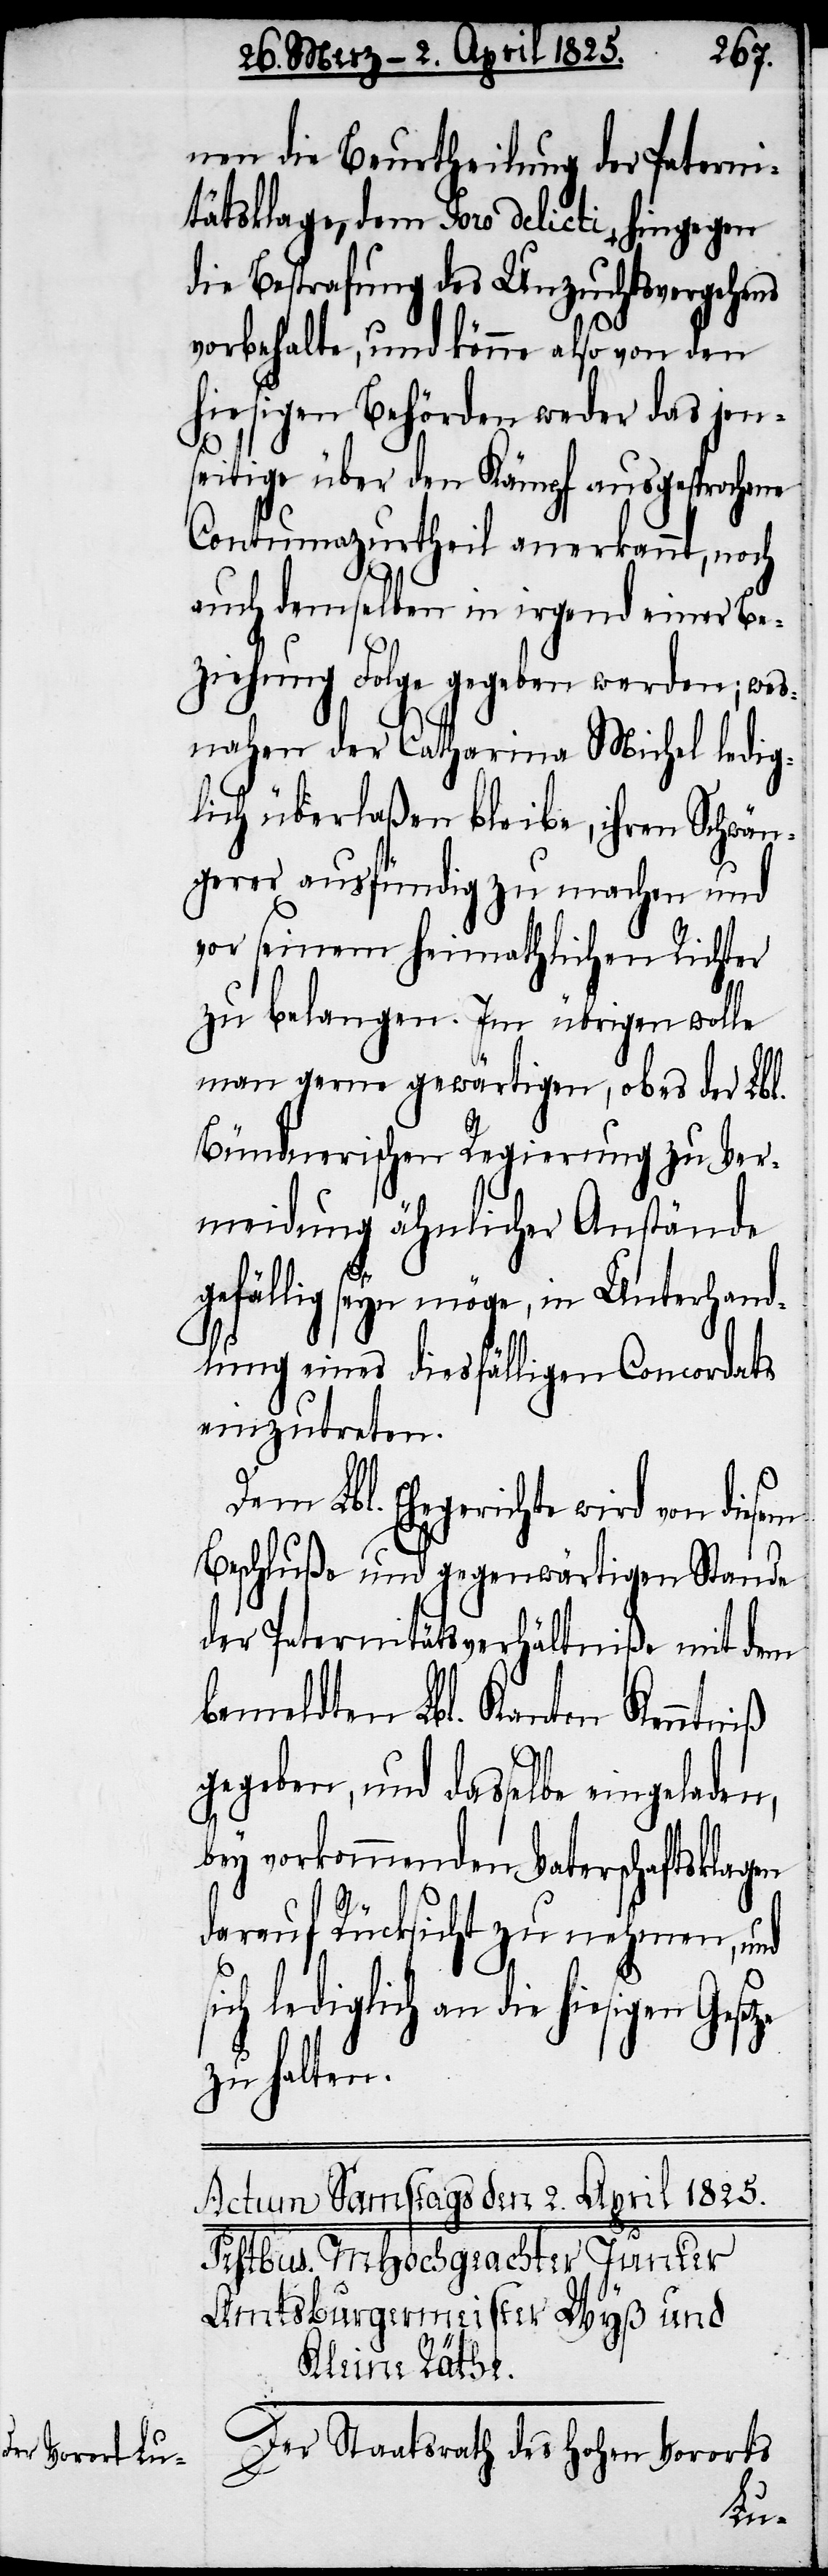
nen die Beurtheilung der Paterni¬
tätsklage, dem Foro delicti, hingegen
die Bestrafung des Unzuchtsvergehens
vorbehalte, und könne also von den
hiesigen Behörden weder das jen¬
seitige über den Kämpf aus¬
ene
Contumazurtheil aner¬
auch demselben in irgend
esem
ziehung Folge gegeben werden; wes¬
nahen der Catharina Michel ledig¬
lich überlaßen bleibe, ihren
de
gerer ausfündig zu machen und
vor seinem heimathlichen Richter
zu belangen. Im übrigen wolle
man gerne gewärtigen, ob es der L¬
Bündnerischen Regierung zu Ver¬
meidung ähnlicher Anstände
gefällig seyn möge, in Unterhan¬
dlung eines diesfälligen Concordats
einzutreten.
Dem Lbl. Ehegerichte wird von di¬
Beschluße und gegenwärtigen Stan¬
der Paternitätsverhältniße mit dem
bemeldten Lbl. Kanton Kenntniß
gegeben, und dasselbe eingeladen,
bey vorkommenden Vaterschaftsklagen
darauf Rücksicht zu nehmen, und
ch lediglich an die hiesigen
zu halten.
Der Staatsrath des Hohen Vororts
si¬